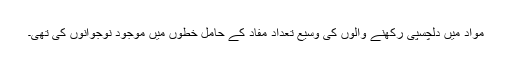
مواد میں دلچسپی رکھنے والوں کی وسیع تعداد مفاد کے حامل خطوں میں موجود نوجوانوں کی تھی۔